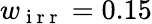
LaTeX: w_{\mathrm{~i~r~r~}}=0.15